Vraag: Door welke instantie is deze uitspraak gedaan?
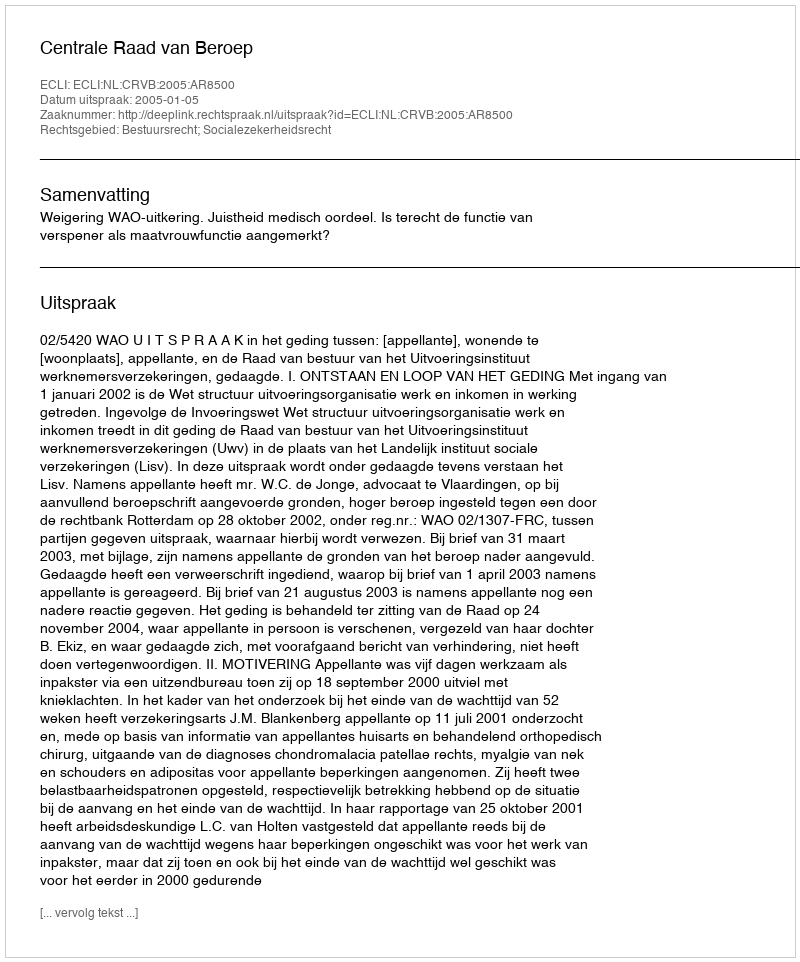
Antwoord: Centrale Raad van Beroep